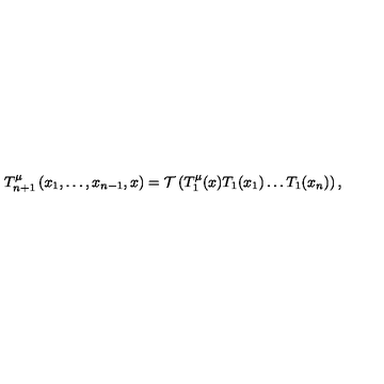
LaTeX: T _ { n + 1 } ^ { \mu } \left( x _ { 1 } , \ldots , x _ { n - 1 } , x \right) = { \cal T } \left( T _ { 1 } ^ { \mu } ( x ) T _ { 1 } ( x _ { 1 } ) \ldots T _ { 1 } ( x _ { n } ) \right) ,